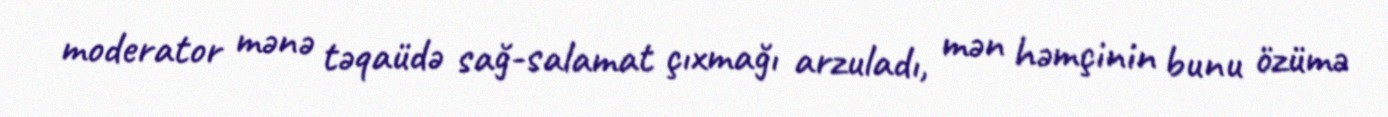
moderator mənə təqaüdə sağ-salamat çıxmağı arzuladı, mən həmçinin bunu özümə